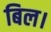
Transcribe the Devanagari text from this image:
बिल।